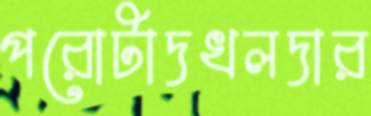
পরোটাদখলদার